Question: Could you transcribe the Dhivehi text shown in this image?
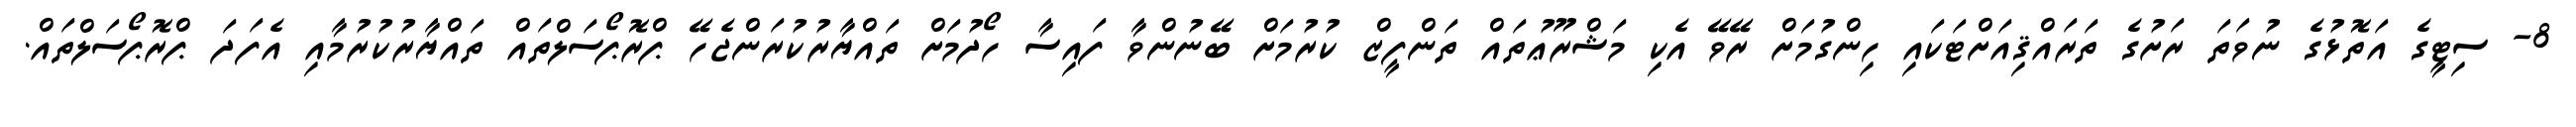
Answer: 8- ސިޓީގެ އަތޮޅުގެ ނުވަތަ ރަށުގެ ތަރައްޤިއަށްޓަކައި ހިންގުމަށް ރޭވޭ އެކި މަޝްރޫޢުތައް ތަންފީޒް ކުރުމަށް ބޭނުންވާ ފައިސާ ހޯދުމަށް ތައްޔާރުކުރަންޖެހޭ ޕްރޮޕޯސަލްތައް ތައްޔާރުކުރުމާއި އެފަދަ ޕްރޮޕޯސަލްތައް.